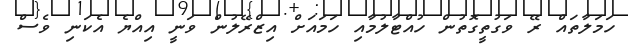
ހަމަލާތައް ރޭ ވަގުތީގޮތުން ހުއްޓާލުމާއި ހަމައަށް އިޒްރޭލުން ވަނީ އިއްޔެ އެކަނި ވެސް